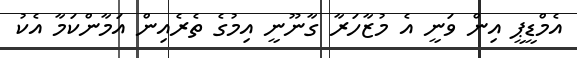
އެމްޑީޕީ އިން ވަނީ އެ މުޒާހަރާ ގާނޫނީ އިމުގެ ތެރެއިން އަމާންކަމާ އެކު